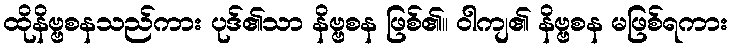
ထိုနိဗ္ဗစနသည်ကား ပုဒ်၏သာ နိဗ္ဗစန ဖြစ်၏။ ဝါကျ၏ နိဗ္ဗစန မဖြစ်ရကား